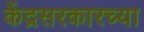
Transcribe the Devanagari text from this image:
केंद्रसरकारच्या